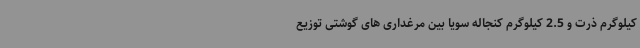
کیلوگرم ذرت و 2.5 کیلوگرم کنجاله سویا بین مرغداری های گوشتی توزیع